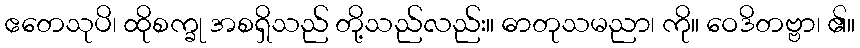
ဧတေသုပိ၊ ထိုစက္ခု အစရှိသည် တို့သည်လည်း။ ဓာတုသမညာ၊ ကို။ ဝေဒိတဗ္ဗာ၊ ၏။